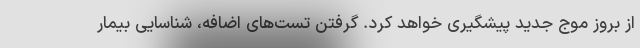
از بروز موج جدید پیشگیری خواهد کرد. گرفتن تست‌های اضافه، شناسایی بیمار